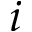
i